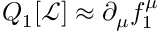
Q _ { 1 } [ { \mathcal { L } } ] \approx \partial _ { \mu } f _ { 1 } ^ { \mu }